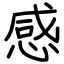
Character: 感